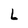
Character: L